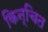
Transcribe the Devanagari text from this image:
किन्चित